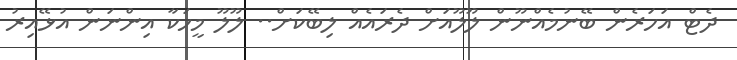
ދެޓް އަހަރެން ބޭނުމެއްނޫން ލޫލޫއަށް ދެރައެއް ލިބޭކަށް.. ލޫލޫ މީހަކާ އިންނަން އުޅޭއިރު